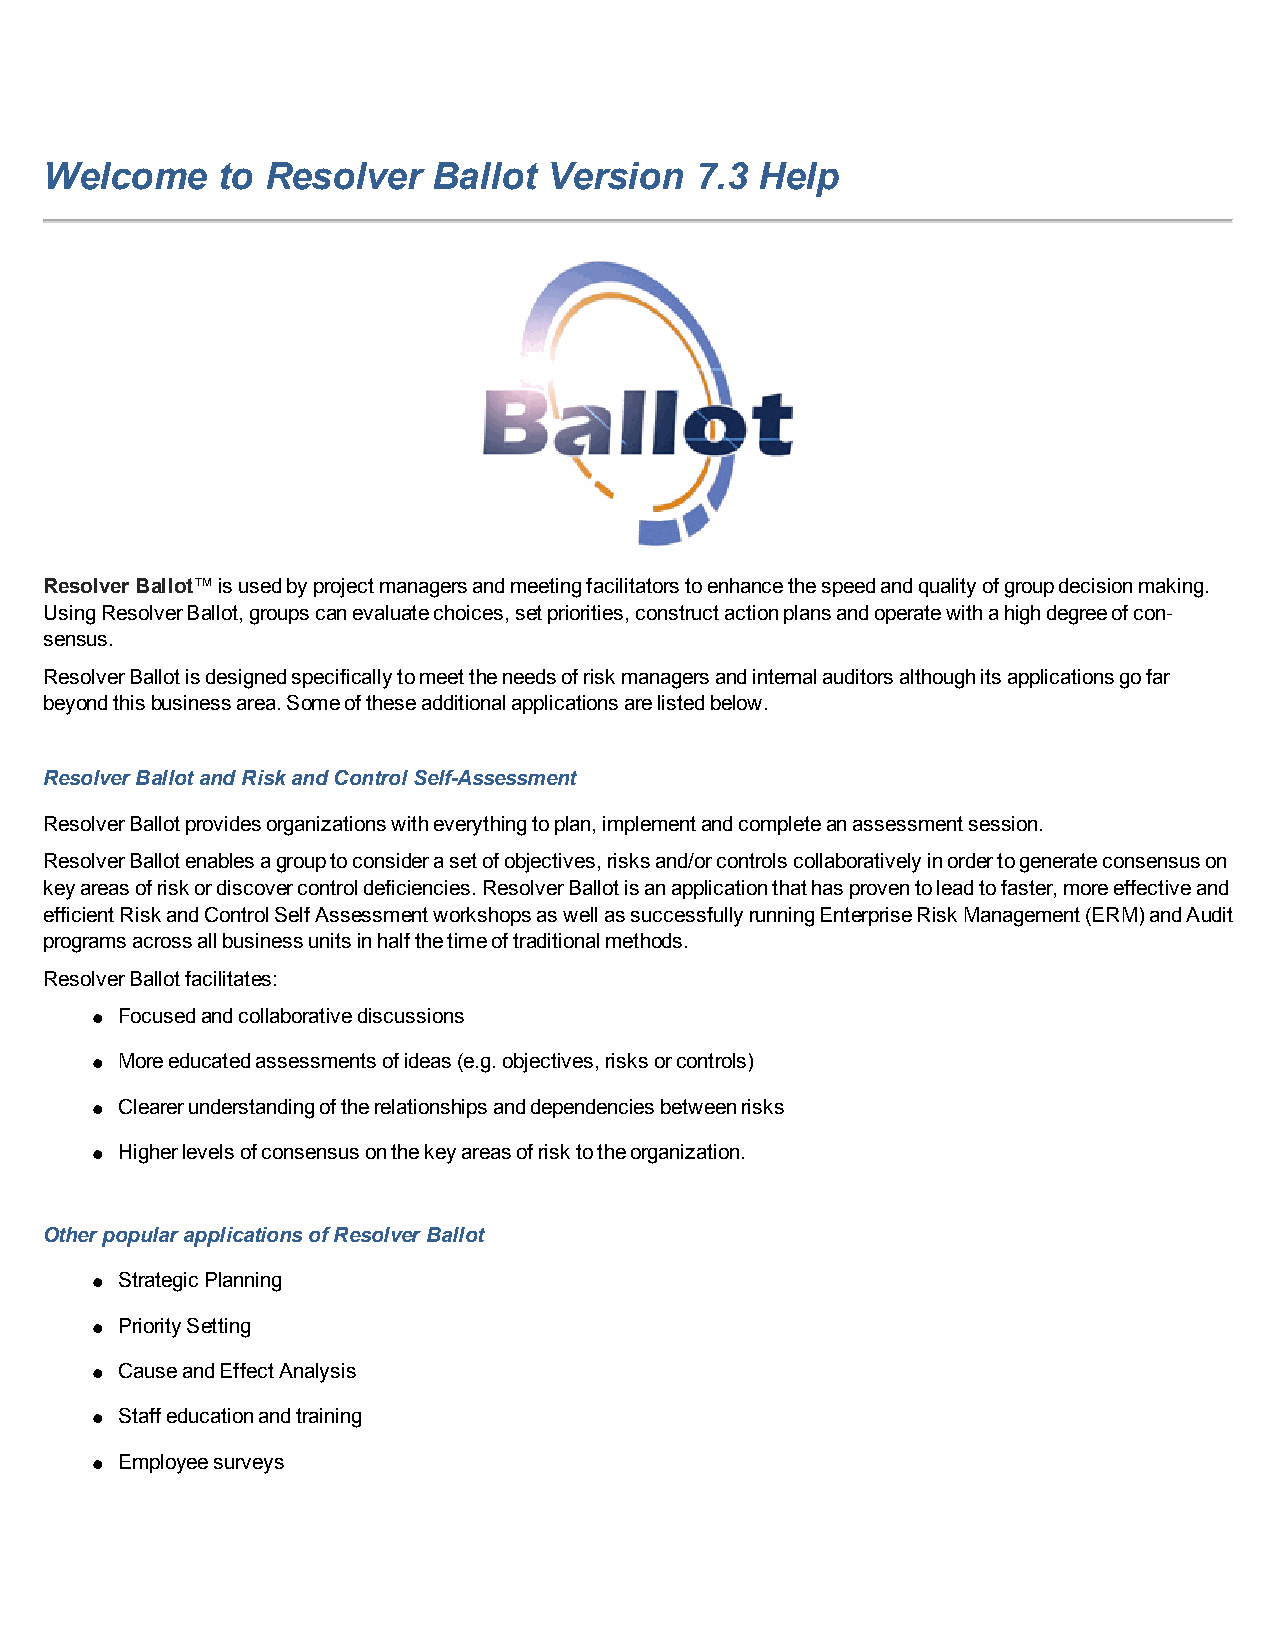
Welcome    to  Resolver   Ballot Version   7.3 Help
 ResolverBallot™isusedbyprojectmanagersandmeetingfacilitatorstoenhancethespeedandqualityofgroupdecisionmaking.
 UsingResolverBallot,groupscanevaluatechoices,setpriorities,constructactionplansandoperatewithahighdegreeofcon-
 sensus.
 ResolverBallotisdesignedspecificallytomeettheneedsofriskmanagersandinternalauditorsalthoughitsapplicationsgofar
 beyondthisbusinessarea.Someoftheseadditionalapplicationsarelistedbelow.
 ResolverBallotandRiskandControl Self-Assessment
 ResolverBallotprovidesorganizationswitheverythingtoplan,implementandcompleteanassessmentsession.
 ResolverBallotenablesagrouptoconsiderasetofobjectives,risksand/orcontrolscollaborativelyinordertogenerateconsensuson
 keyareasofriskordiscovercontroldeficiencies.ResolverBallotisanapplicationthathasproventoleadtofaster,moreeffectiveand
 efficientRiskandControlSelfAssessmentworkshopsaswellassuccessfullyrunningEnterpriseRiskManagement(ERM)andAudit
 programsacrossallbusinessunitsinhalfthetimeoftraditionalmethods.
 ResolverBallotfacilitates:
 l Focusedandcollaborativediscussions
 l Moreeducatedassessmentsofideas(e.g.objectives,risksorcontrols)
 l Clearerunderstandingoftherelationshipsanddependenciesbetweenrisks
 l Higherlevelsofconsensusonthekeyareasofrisktotheorganization.
 OtherpopularapplicationsofResolverBallot
 l StrategicPlanning
 l PrioritySetting
 l CauseandEffectAnalysis
 l Staffeducationandtraining
 l Employeesurveys